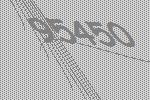
95450